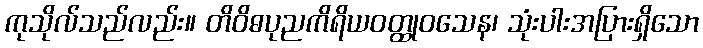
ကုသိုလ်သည်လည်း။ တိဝိဓပုညကိရိယဝတ္ထုဝသေန၊ သုံးပါးအပြားရှိသော